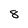
Character: 8